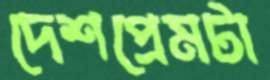
দেশপ্রেমটা